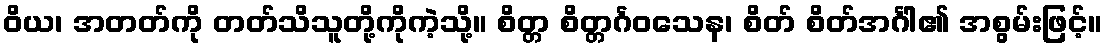
ဝိယ၊ အတတ်ကို တတ်သိသူတို့ကိုကဲ့သို့။ စိတ္တ စိတ္တင်္ဂဝသေန၊ စိတ် စိတ်အင်္ဂါ၏ အစွမ်းဖြင့်။